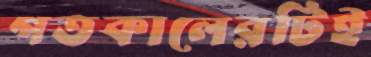
গতকালেরটিই